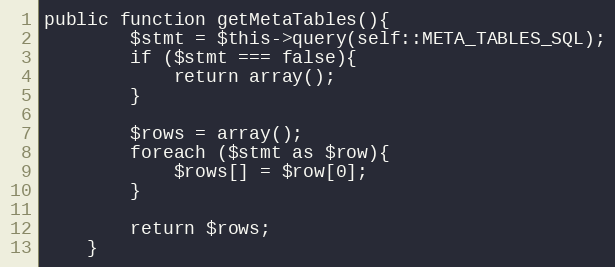
Language: PHP
public function getMetaTables(){
        $stmt = $this->query(self::META_TABLES_SQL);
        if ($stmt === false){
            return array();
        }

        $rows = array();
        foreach ($stmt as $row){
            $rows[] = $row[0];
        }

        return $rows;
    }